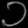
Digit: ၁